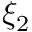
\xi _ { 2 }